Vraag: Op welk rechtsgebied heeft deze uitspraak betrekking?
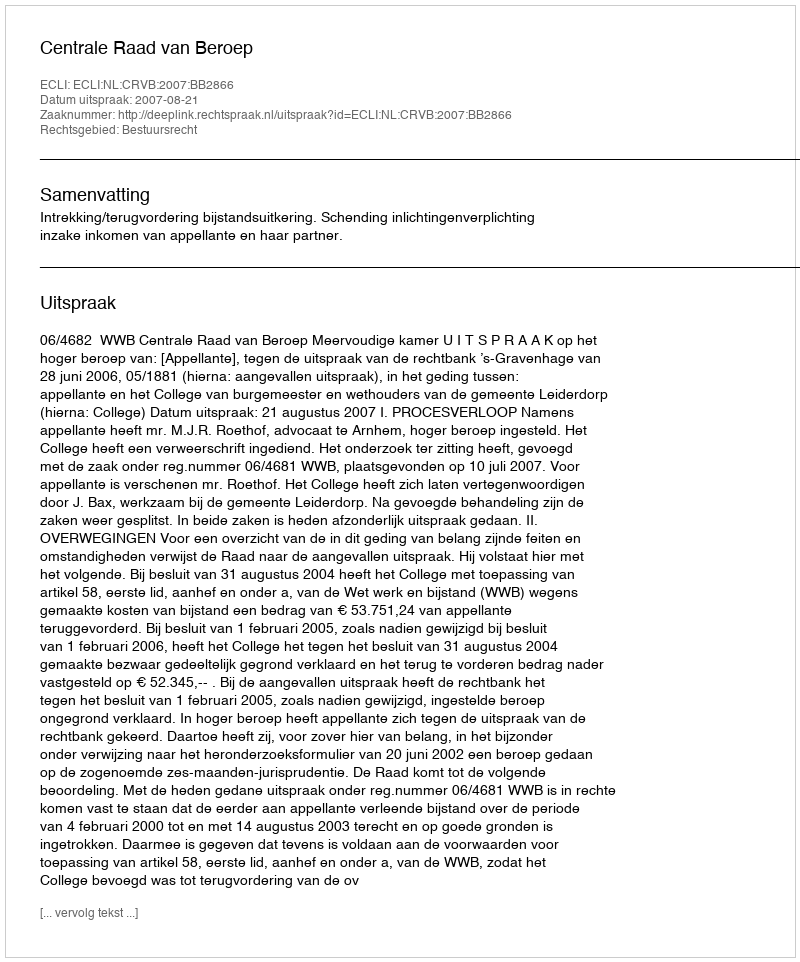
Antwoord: Bestuursrecht